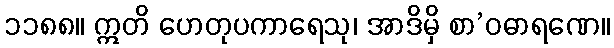
၁၁၈၈။ ဣတိ ဟေတုပကာရေသု၊ အာဒိမှိ စာ’ဝဓာရဏေ။